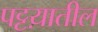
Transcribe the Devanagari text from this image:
पट्टय़ातील